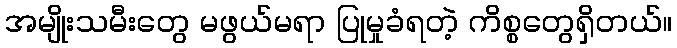
အမျိုးသမီးတွေ မဖွယ်မရာ ပြုမှုခံရတဲ့ ကိစ္စတွေရှိတယ်။